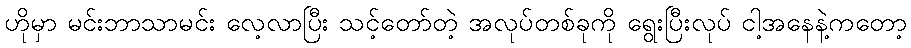
ဟိုမှာ မင်းဘာသာမင်း လေ့လာပြီး သင့်တော်တဲ့ အလုပ်တစ်ခုကို ရွေးပြီးလုပ် ငါ့အနေနဲ့ကတော့